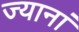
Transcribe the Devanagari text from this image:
ज्यानां